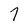
Character: 7